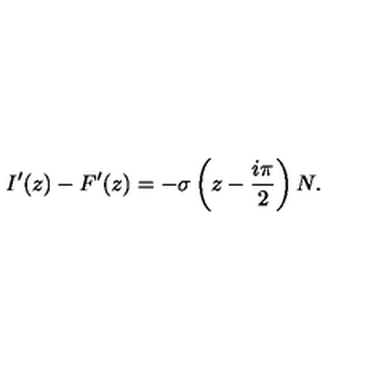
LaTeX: I ^ { \prime } ( z ) - F ^ { \prime } ( z ) = - \sigma \left( z - \frac { i \pi } { 2 } \right) N .